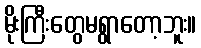
မိုးကြီးတွေမရွာတော့ဘူး။